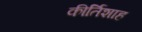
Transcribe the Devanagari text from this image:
कीर्तिशाह